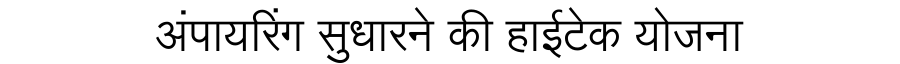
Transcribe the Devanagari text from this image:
अंपायरिंग सुधारने की हाईटेक योजना